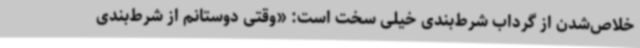
خلاص‌شدن از گرداب شرط‌بندی خیلی سخت است: «وقتی دوستانم از شرط‌بندی